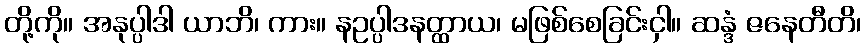
တို့ကို။ အနုပ္ပါဒါ ယာဘိ၊ ကား။ နဥပ္ပါဒနတ္ထာယ၊ မဖြစ်စေခြင်းငှါ။ ဆန္ဒံ ဇနေတီတိ၊